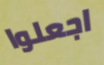
اجعلوا